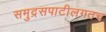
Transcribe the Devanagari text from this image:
समुद्रसपाटीलगतच